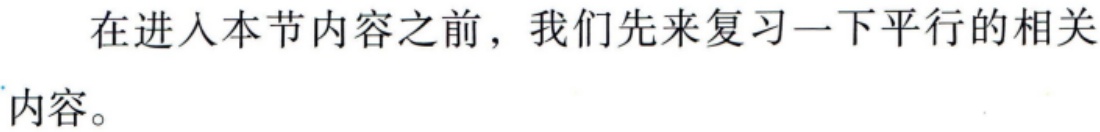
在进入本节内容之前，我们先来复习一下平行的相关内容。